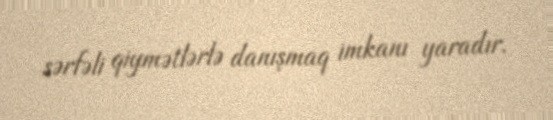
sərfəli qiymətlərlə danışmaq imkanı yaradır.